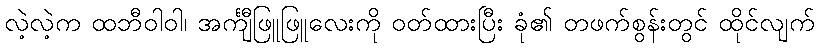
လဲ့လဲ့က ထဘီဝါဝါ၊ အင်္ကျီဖြူဖြူလေးကို ဝတ်ထားပြီး ခုံ၏ တဖက်စွန်းတွင် ထိုင်လျက်